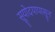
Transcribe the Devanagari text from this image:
सूयोदयापासून